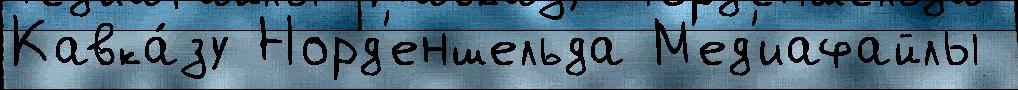
Кавка́зу Норд'еншельда М'ед'иафайлы